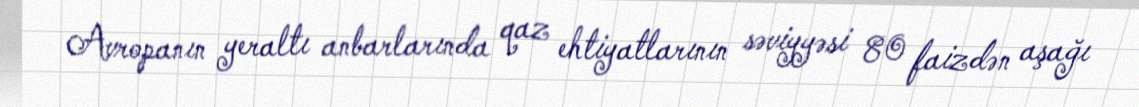
Avropanın yeraltı anbarlarında qaz ehtiyatlarının səviyyəsi 80 faizdən aşağı